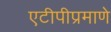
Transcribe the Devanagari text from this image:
एटीपीप्रमाणे